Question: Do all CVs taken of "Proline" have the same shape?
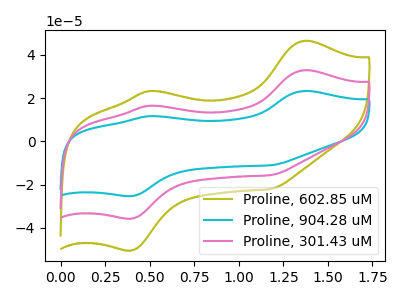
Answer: <think>The olive curve "Proline, 602.85 uM" has anodic peaks at (1.35V, 46.55uA) (0.50V, 23.40uA) and cathodic peaks at (0.40V, -50.40uA) (1.20V, -21.90uA). The cyan curve "Proline, 904.28 uM" has anodic peaks at (1.35V, 65.95uA) (0.50V, 33.10uA) and cathodic peaks at (0.40V, -71.40uA) (1.20V, -31.05uA). The pink curve "Proline, 301.43 uM" has anodic peaks at (1.35V, 32.95uA) (0.50V, 16.55uA) and cathodic peaks at (0.40V, -35.70uA) (1.20V, -15.50uA).
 All the peaks in "Proline, 602.85 uM" have a peak in "Proline, 904.28 uM" at the same potential. Every peak in "Proline, 602.85 uM" is lower than every peak in "Proline, 904.28 uM". All the peaks in "Proline, 602.85 uM" have a peak in "Proline, 301.43 uM" at the same potential. Every peak in "Proline, 602.85 uM" is higher than every peak in "Proline, 301.43 uM". All the peaks in "Proline, 904.28 uM" have a peak in "Proline, 301.43 uM" at the same potential. Every peak in "Proline, 904.28 uM" is higher than every peak in "Proline, 301.43 uM".</think>
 <answer>All the CV's of "Proline" have similar shape.</answer>
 <eval>follow_rule</eval>